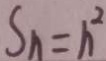
S _ { h } = h ^ { 2 }